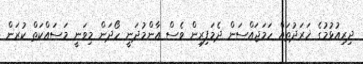
ދިރިއުޅުމުގެ ޚަަރަދުތައް ހަމަޖައްސަން ދެމަފިރިން ވެސް އާންމުދަނީ ހޯދަން މިވަނީ މަސައްކަތް ކުރަން